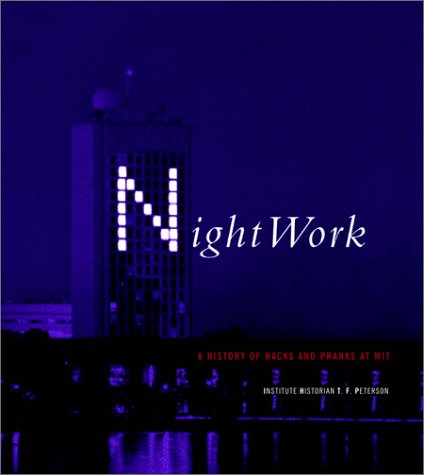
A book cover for Nightwork: A History of Hacks and Pranks at MIT; Institute Historian T. F. Peterson; Humor & Entertainment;